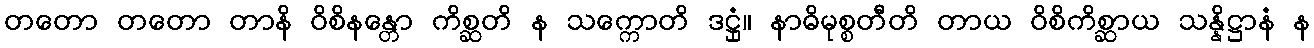
တတော တတော တာနိ ဝိစိနန္တော ကိစ္ဆတိ န သက္ကောတိ ဒဋ္ဌုံ။ နာဓိမုစ္စတီတိ တာယ ဝိစိကိစ္ဆာယ သန္နိဋ္ဌာနံ န